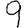
Digit: 9